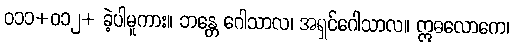
ဝ၁၁+ဝ၁၂+ ခဲ့ပါမူကား။ ဘန္တေ ဂေါသာလ၊ အရှင်ဂေါသာလ။ ဣဓလောကေ၊